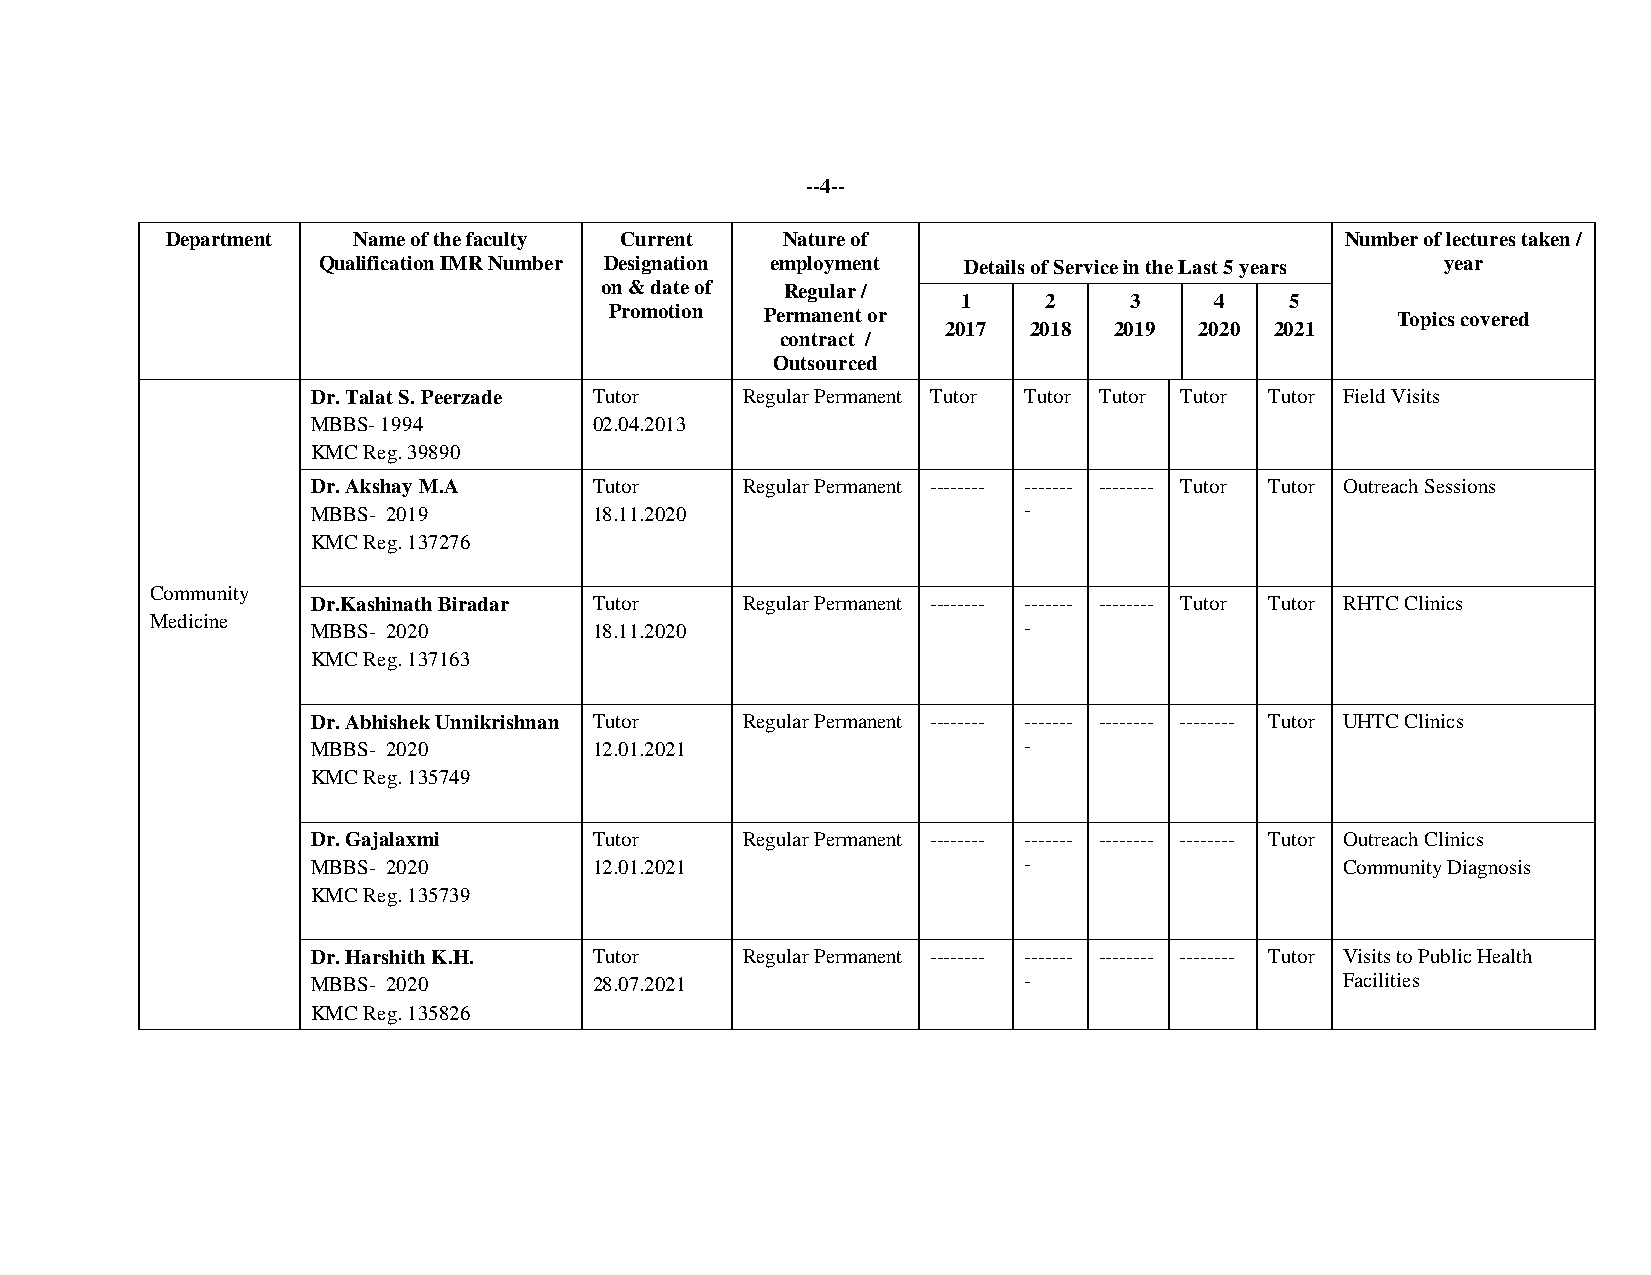
--4--
 Department  Name of the faculty Current  Nature of                            Number of lectures taken /
 Qualification IMR Number Designation employment Details of Service in the Last 5 years year
 on & date of Regular /
 1    2     3    4    5
 Promotion  Permanent or                             Topics covered
 2017 2018  2019 2020 2021
 contract /
 Outsourced
 Dr. Talat S. Peerzade Tutor Regular Permanent Tutor Tutor Tutor Tutor Tutor Field Visits
 MBBS- 1994        02.04.2013
 KMC Reg. 39890
 Dr. Akshay M.A    Tutor     Regular Permanent -------- ------- -------- Tutor Tutor Outreach Sessions
 MBBS- 2019        18.11.2020                   -
 KMC Reg. 137276
 Community
 Dr.Kashinath Biradar Tutor  Regular Permanent -------- ------- -------- Tutor Tutor RHTC Clinics
 Medicine   MBBS- 2020        18.11.2020                   -
 KMC Reg. 137163
 Dr. Abhishek Unnikrishnan Tutor Regular Permanent -------- ------- -------- -------- Tutor UHTC Clinics
 MBBS- 2020        12.01.2021                   -
 KMC Reg. 135749
 Dr. Gajalaxmi     Tutor     Regular Permanent -------- ------- -------- -------- Tutor Outreach Clinics
 MBBS- 2020        12.01.2021                   -                    Community Diagnosis
 KMC Reg. 135739
 Dr. Harshith K.H. Tutor     Regular Permanent -------- ------- -------- -------- Tutor Visits to Public Health
 MBBS- 2020        28.07.2021                   -                    Facilities
 KMC Reg. 135826